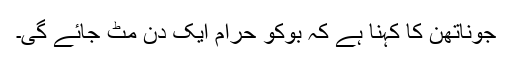
جوناتھن کا کہنا ہے کہ بوکو حرام ایک دِن مِٹ جائے گی۔